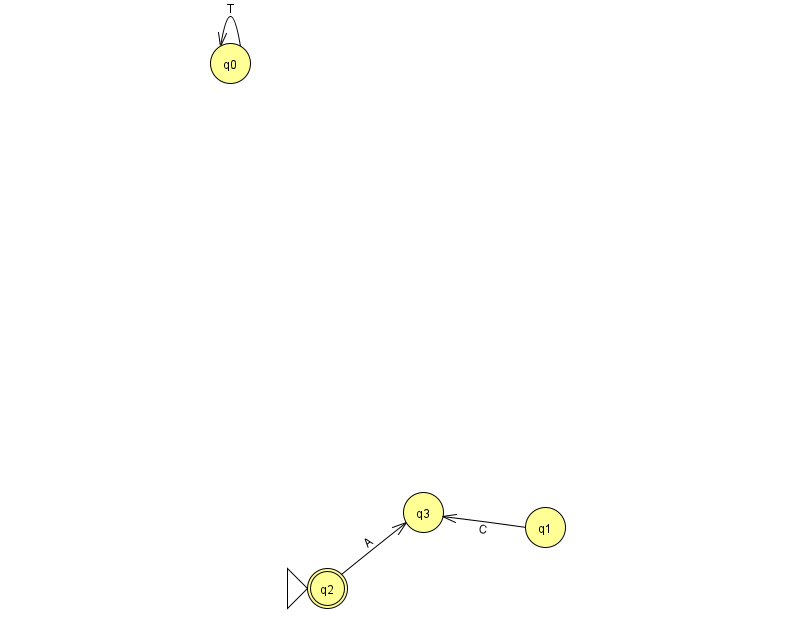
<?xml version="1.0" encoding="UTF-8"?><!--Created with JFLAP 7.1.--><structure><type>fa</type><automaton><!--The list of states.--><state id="0" name="q0"><x>230.0</x><y>50.0</y></state><state id="1" name="q1"><x>545.0</x><y>514.0</y></state><state id="2" name="q2"><x>327.0</x><y>575.0</y><initial/><final/></state><state id="3" name="q3"><x>423.0</x><y>499.0</y></state><!--The list of transitions.--><transition><from>2</from><to>3</to><read>A</read></transition><transition><from>0</from><to>0</to><read>T</read></transition><transition><from>1</from><to>3</to><read>C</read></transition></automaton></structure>